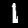
Digit: 1